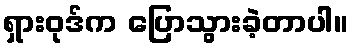
ရှားဝုဒ်က ပြောသွားခဲ့တာပါ။